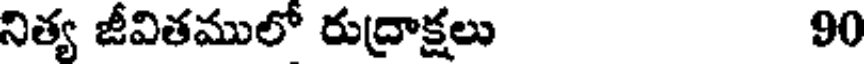
నిత్య జీవితములో రుద్రాక్షలు 90